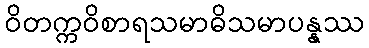
ဝိတက္ကဝိစာရသမာဓိသမာပန္နဿ